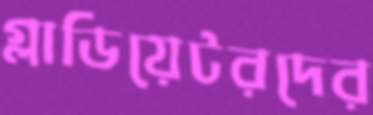
গ্লাডিয়েটরদের